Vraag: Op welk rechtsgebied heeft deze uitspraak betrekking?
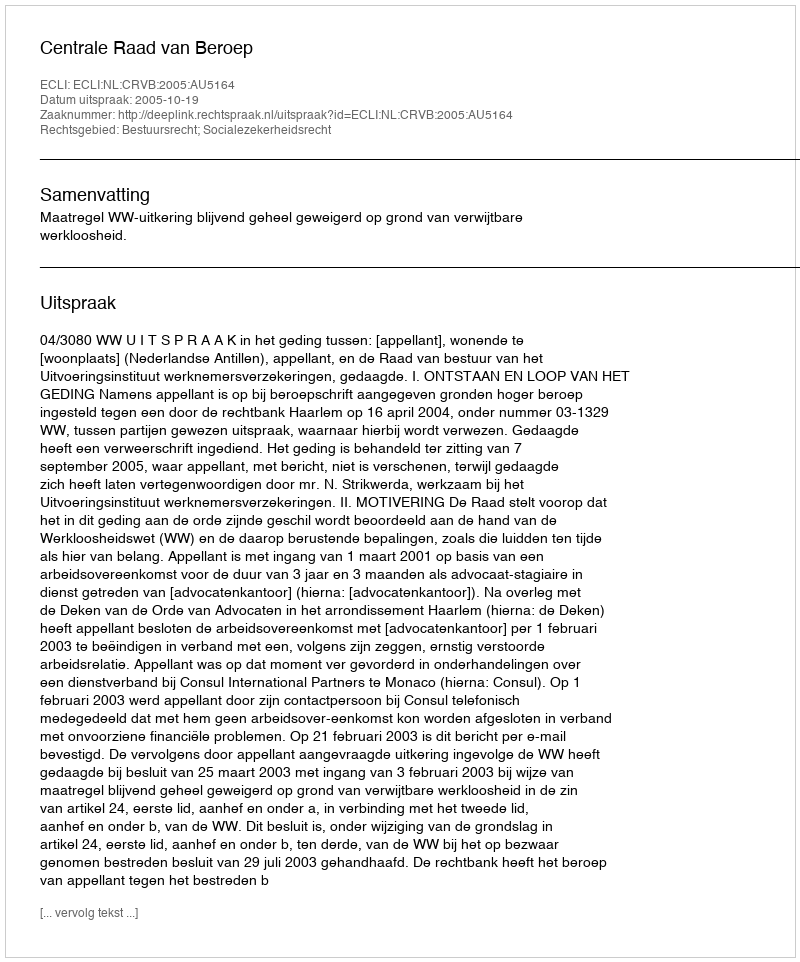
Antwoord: Bestuursrecht; Socialezekerheidsrecht